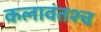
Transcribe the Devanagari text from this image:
कलावंतश्च